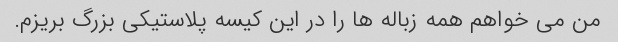
من می خواهم همه زباله ها را در این کیسه پلاستیکی بزرگ بریزم.